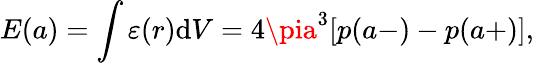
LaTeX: E(a)=\int{\varepsilon(r)\mathrm{d}V}=4\pia^{3}[p(a-)-p(a+)],